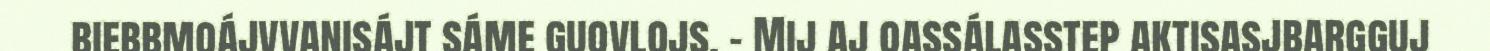
biebbmoájvvanisájt sáme guovlojs. - Mij aj oassálasstep aktisasjbargguj